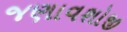
જણાવશોજી